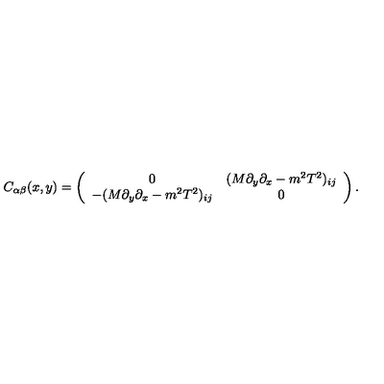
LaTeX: C _ { \alpha \beta } ( x , y ) = \left( \begin{array} { c c } { 0 } & { ( M \partial _ { y } \partial _ { x } - m ^ { 2 } T ^ { 2 } ) _ { i j } } \\ { - ( M \partial _ { y } \partial _ { x } - m ^ { 2 } T ^ { 2 } ) _ { i j } } & { 0 } \\ \end{array} \right) .